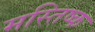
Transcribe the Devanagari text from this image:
मस्‍तिष्क